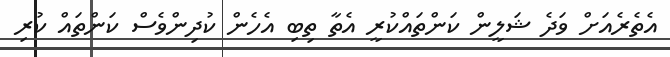
އެތެރެއަށް ވަދެ ޝަލީން ކަންތައްކުރީ އެތާ ތިބި އެހެން ކުދިންވެސް ކަންތައް ކުރި